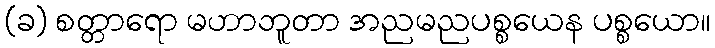
(ခ) စတ္တာရော မဟာဘူတာ အညမညပစ္စယေန ပစ္စယော။